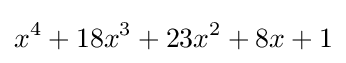
x^{4}+18x^{3}+23x^{2}+8x+1